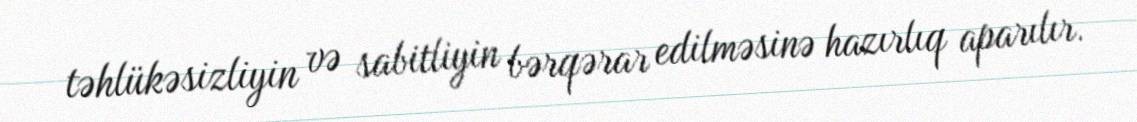
təhlükəsizliyin və sabitliyin bərqərar edilməsinə hazırlıq aparılır.